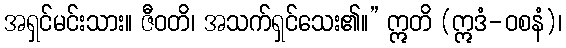
အရှင်မင်းသား။ ဇီဝတိ၊ အသက်ရှင်သေး၏။” ဣတိ (ဣဒံ-ဝစနံ)၊